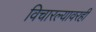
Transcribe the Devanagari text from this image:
विचारल्यावरही